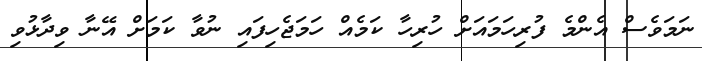
ނަމަވެސް އެންމެ ފުރިހަމައަށް ހުރިހާ ކަމެއް ހަމަޖެހިފައި ނުވާ ކަމަށް އޭނާ ވިދާޅުވި